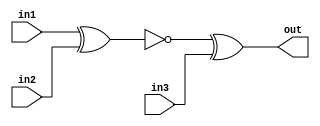
module top_module (
    input in1,
    input in2,
    input in3,
    output out);

    wire w;
    
    xor(w, in1, in2);
    xor(out, ~w, in3);

endmodule